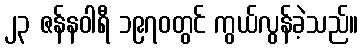
၂၃ ဇန်နဝါရီ ၁၉၇၀တွင် ကွယ်လွန်ခဲ့သည်။